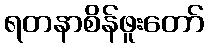
ရတနာစိန်ဖူးတော်